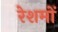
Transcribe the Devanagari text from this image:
रेशमों